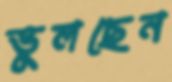
ভুলছেন